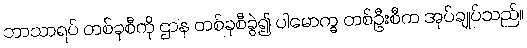
ဘာသာရပ် တစ်ခုစီကို ဌာန တစ်ခုစီခွဲ၍ ပါမောက္ခ တစ်ဦးစီက အုပ်ချုပ်သည်။